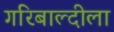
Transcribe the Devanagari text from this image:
गरिबाल्दीला